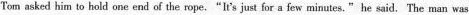
Tom asked him to hold one end of the rope."It's just for a few minutes."he said.The man was